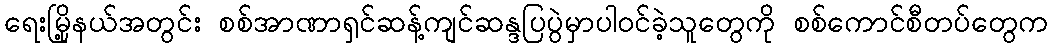
ရေးမြို့နယ်အတွင်း စစ်အာဏာရှင်ဆန့်ကျင်ဆန္ဒပြပွဲမှာပါဝင်ခဲ့သူတွေကို စစ်ကောင်စီတပ်တွေက